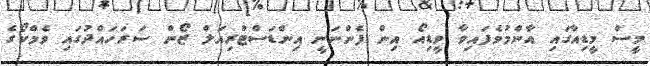
މީސް މީޑިއާގައި އާންމުވެފައިވާ ވީޑިއޯ އިން ފެންނަނީ އިންޑަސްޓްރިއަލް ޒޯން ސަރަހައްދުގައި ވެމްކޯގެ